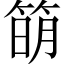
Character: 𥯋